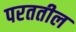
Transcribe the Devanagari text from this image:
परततील